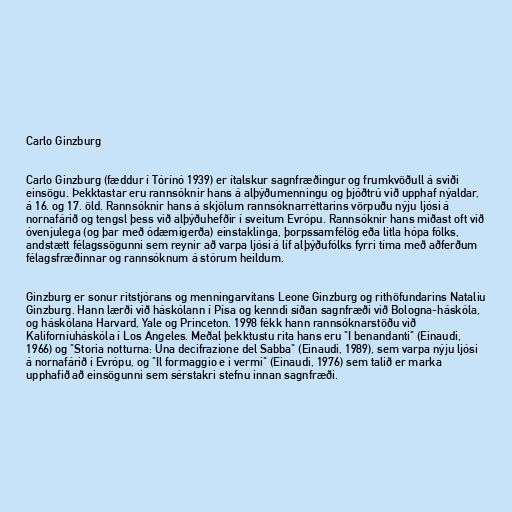
Carlo Ginzburg

Carlo Ginzburg (fæddur í Tórínó 1939) er ítalskur sagnfræðingur og frumkvöðull á sviði
einsögu. Þekktastar eru rannsóknir hans á alþýðumenningu og þjóðtrú við upphaf nýaldar,
á 16. og 17. öld. Rannsóknir hans á skjölum rannsóknarréttarins vörpuðu nýju ljósi á
nornafárið og tengsl þess við alþýðuhefðir í sveitum Evrópu. Rannsóknir hans miðast oft við
óvenjulega (og þar með ódæmigerða) einstaklinga, þorpssamfélög eða litla hópa fólks,
andstætt félagssögunni sem reynir að varpa ljósi á líf alþýðufólks fyrri tíma með aðferðum
félagsfræðinnar og rannsóknum á stórum heildum.

Ginzburg er sonur ritstjórans og menningarvitans Leone Ginzburg og rithöfundarins Nataliu
Ginzburg. Hann lærði við háskólann í Písa og kenndi síðan sagnfræði við Bologna-háskóla,
og háskólana Harvard, Yale og Princeton. 1998 fékk hann rannsóknarstöðu við
Kaliforníuháskóla í Los Angeles. Meðal þekktustu rita hans eru "I benandanti" (Einaudi,
1966) og "Storia notturna: Una decifrazione del Sabba" (Einaudi, 1989), sem varpa nýju ljósi
á nornafárið í Evrópu, og "Il formaggio e i vermi" (Einaudi, 1976) sem talið er marka
upphafið að einsögunni sem sérstakri stefnu innan sagnfræði.